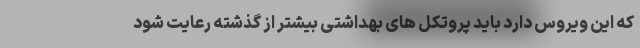
که این ویروس دارد باید پروتکل های بهداشتی بیشتر از گذشته رعایت شود